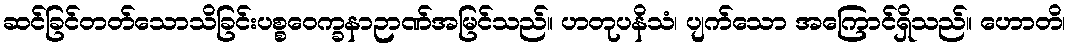
ဆင်ခြင်တတ်သောသိခြင်းပစ္စဝေက္ခနာဉာဏ်အမြင်သည်။ ဟတုပနိသံ၊ ပျက်သော အကြောင်ရှိသည်။ ဟောတိ၊